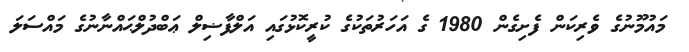
މައުމޫނުގެ ވެރިކަން ފެށިގެން 1980 ގެ އަހަރުތަކުގެ ކުރީކޮޅުގައި އަލްފާޟިލް ޢަބްދުލްޙައްނާނުގެ މައްސަލަ